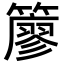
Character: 𥵬